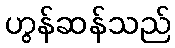
ဟွန်ဆန်သည်